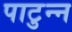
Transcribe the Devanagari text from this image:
पाटुन्न